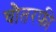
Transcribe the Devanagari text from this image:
चौतरफी